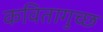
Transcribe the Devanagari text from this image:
कवितागुच्छ